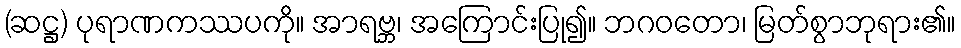
(ဆဋ္ဌ) ပုရာဏကဿပကို။ အာရဗ္ဘ၊ အကြောင်းပြု၍။ ဘဂဝတော၊ မြတ်စွာဘုရား၏။